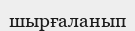
шырғаланып